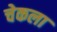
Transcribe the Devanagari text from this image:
चेकला